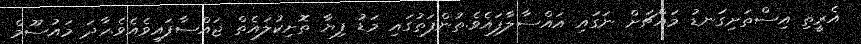
އެރީތި އިސްތަށިގަނޑު މައްޗަށް ނަގައި އައްސާލާފައެވެ.ތުންފަތުގައި މަޑު ފިޔާ ތޮށިކުލައެތް ޖައްސާފައިވެއެވެ.ހާދަ މައުސޫމް